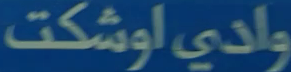
وادي اوشتکت